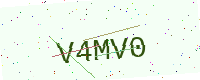
Text: V4MV0